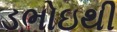
ડભોઇથી